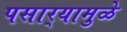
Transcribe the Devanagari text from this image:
पसार्‍यामुळे